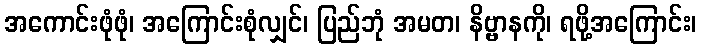
အကောင်းဖုံဖုံ၊ အကြောင်းစုံလျှင်၊ ပြည်ဘုံ အမတ၊ နိဗ္ဗာနကို၊ ရဖို့အကြောင်း၊